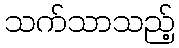
သက်သာသည့်